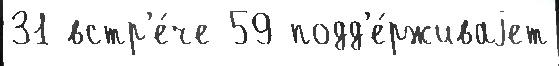
31 встр'е́че 59 подд'е́рживаjет